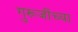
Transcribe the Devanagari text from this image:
गुरूजींच्या